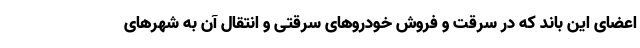
اعضای این باند که در سرقت و فروش خودروهای سرقتی و انتقال آن به شهرهای